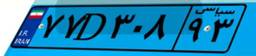
۷۷D۳۰۸۹۳